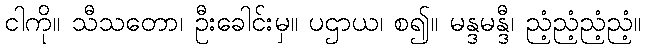
ငါကို။ သီသတော၊ ဦးခေါင်းမှ။ ပဌာယ၊ စ၍။ မန္ဒမန္ဒီ၊ ညံ့ညံ့ညံ့ညံ့။